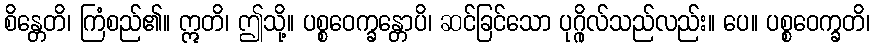
စိန္တေတိ၊ ကြံစည်၏။ ဣတိ၊ ဤသို့။ ပစ္စဝေက္ခန္တောပိ၊ ဆင်ခြင်သော ပုဂ္ဂိုလ်သည်လည်း။ ပေ။ ပစ္စဝေက္ခတိ၊